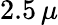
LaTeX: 2.5\, \mu